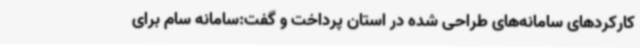
کارکردهای سامانه‌های طراحی شده در استان پرداخت و گفت:سامانه سام برای